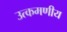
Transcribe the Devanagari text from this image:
उत्कमणीय